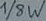
Text: 1/8W